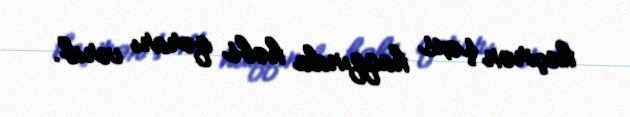
keçirən şəxs haqqında həbs qərarı verib.